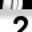
Digit: 2